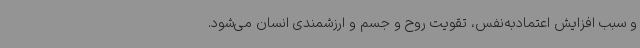
و سبب افزایش اعتمادبه‌نفس، تقویت روح و جسم و ارزشمندی انسان می‌شود.